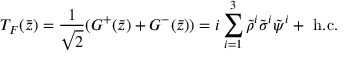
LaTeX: T _ { F } ( \bar { z } ) = \frac { 1 } { \sqrt { 2 } } ( G ^ { + } ( \bar { z } ) + G ^ { - } ( \bar { z } ) ) = i \sum _ { i = 1 } ^ { 3 } \tilde { \rho } ^ { i } \tilde { \sigma } ^ { i } \tilde { \psi } ^ { i } + \mathrm { ~ h . c . }